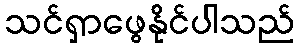
သင်ရှာဖွေနိုင်ပါသည်